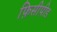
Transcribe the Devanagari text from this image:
फ़िसीपीड